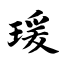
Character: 瑗